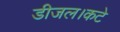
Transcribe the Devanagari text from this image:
डीजल।कटे